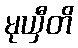
မုယှီတိ